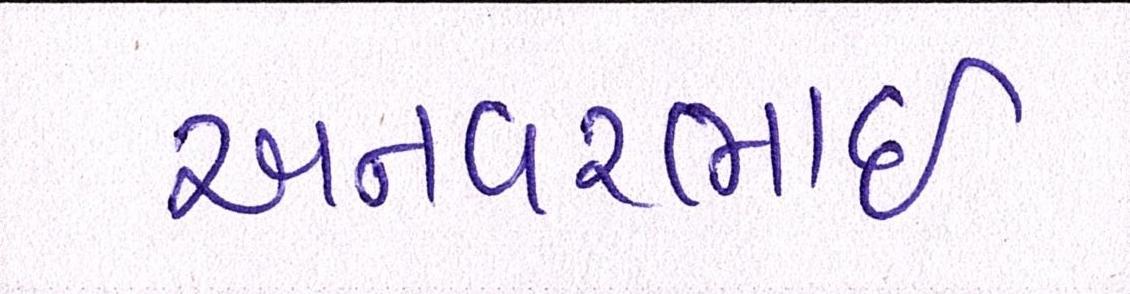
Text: અનવરભાઈ